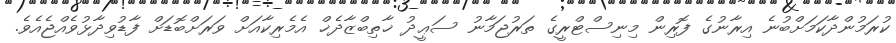
ކުރަމުންދާކަމަށްބުނެ އިރާނުގެ ފޮރިން މިނިސްޓްރީގެ ތަރުޖަމާނު ސަޢީދު ޚާތިބްޒާދެޚް އެމެރިކާއަށް ވަރަށްބޮޑަށް ފާޑުވިދާޅުވެއްޖެއެވެ.